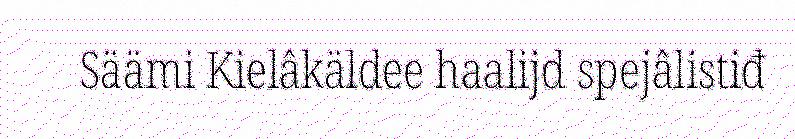
Säämi Kielâkäldee haalijd spejâlistiđ